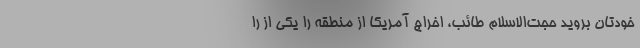
خودتان بروید حجت‌الاسلام طائب، اخراج آمریکا از منطقه را یکی از را